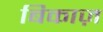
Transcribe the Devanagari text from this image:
बिकाज़